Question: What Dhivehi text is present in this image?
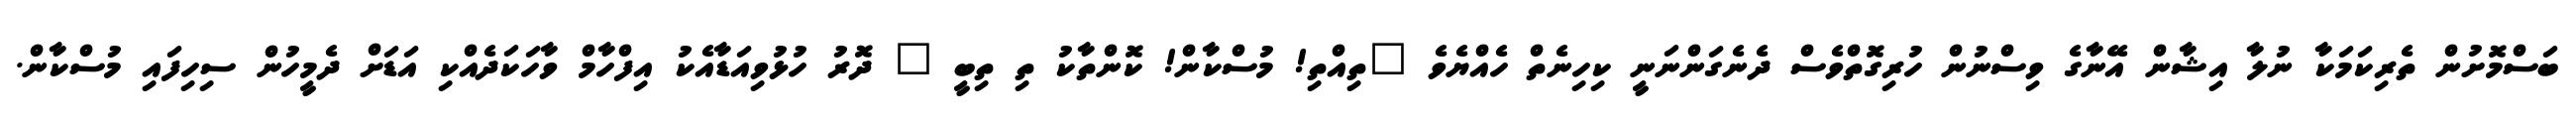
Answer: ބަސްމޮށުން ތެރިކަމަކާ ނުލާ އިޝާން އޭނާގެ ވިސްނުން ހުރިގޮތްވެސް ދެނެގަންނަނީ ކިހިނެތް ހެއްޔެވެ "ތިއްތި! މުސްކާން! ކޮންތާކު ތި ތިބީ " ދޮރު ހުޅުވިއަޑާއެކު އިފްހާމް ވާހަކަދެއްކި އަޑަށް ދެމީހުން ސިހިފައި މުސްކާން.